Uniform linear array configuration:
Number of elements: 64
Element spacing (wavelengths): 0.75
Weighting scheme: exponential
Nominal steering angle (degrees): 45
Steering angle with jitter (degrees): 43.732
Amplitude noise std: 0.05
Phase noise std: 0.05

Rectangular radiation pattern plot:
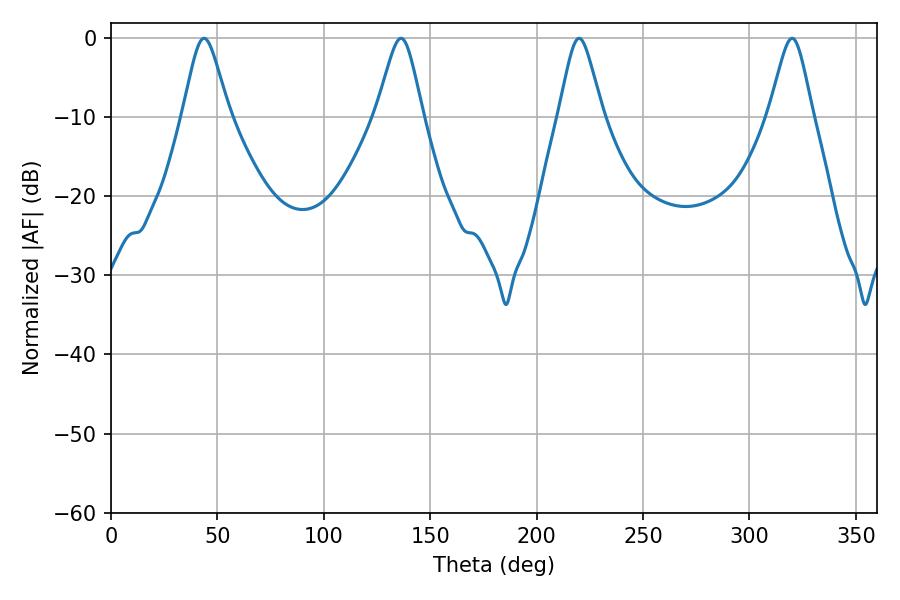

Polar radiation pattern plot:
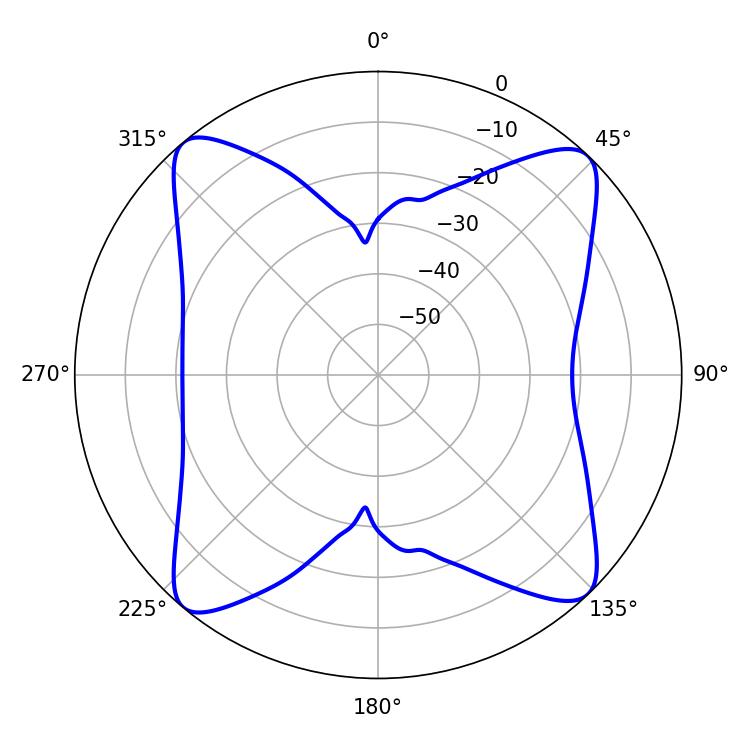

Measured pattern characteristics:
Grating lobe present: TRUE
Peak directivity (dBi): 17.058
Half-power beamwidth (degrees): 9.9
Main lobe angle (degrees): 219.96